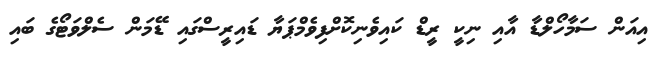
އިއަން ސަމާހޯލްޑާ އާއި ނިކީ ރީޑް ކައިވެނިކޮށްފިވެމްޕަޔާ ޑައިރީސްގައި ޑޭމަން ސެލްވަޓޯގެ ބައި